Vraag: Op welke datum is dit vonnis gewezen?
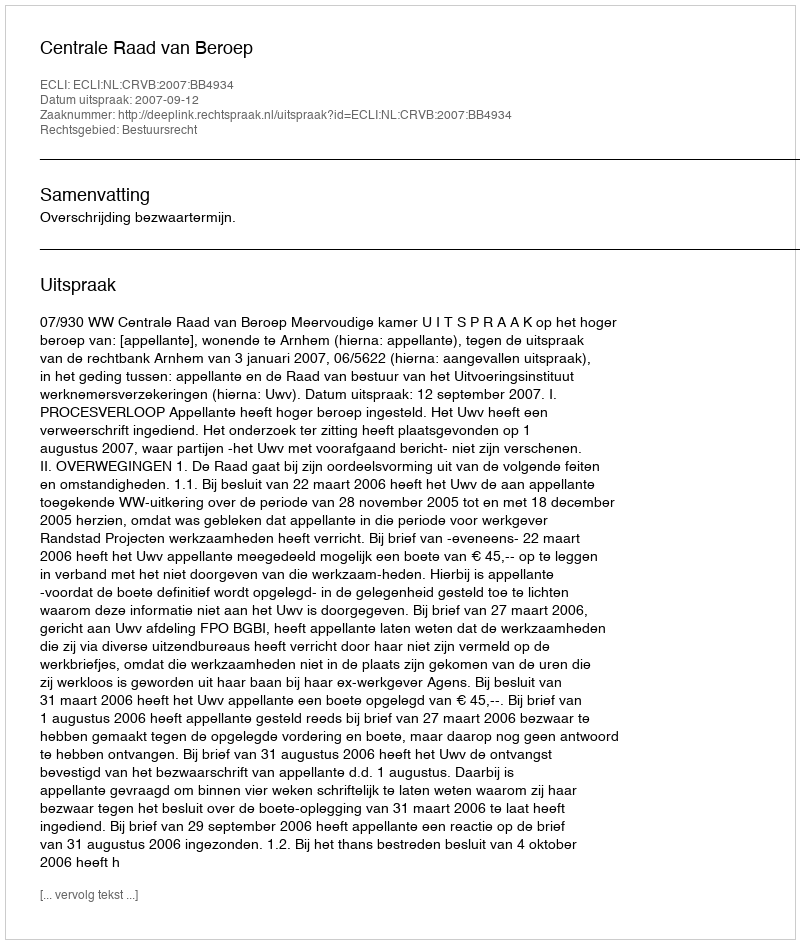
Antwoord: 2007-09-12